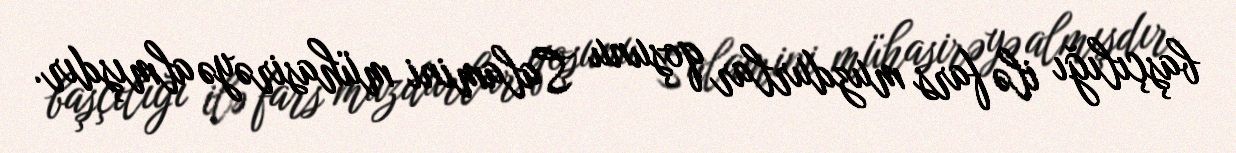
başçılığı ilə fars muzdurlar qoşunu Salamini mühasirəyə almışdır.